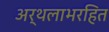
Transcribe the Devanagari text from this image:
अर्थलाभरहित